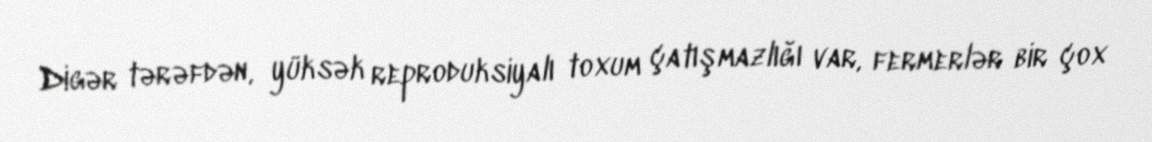
Digər tərəfdən, yüksək reproduksiyalı toxum çatışmazlığı var, fermerlər bir çox